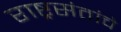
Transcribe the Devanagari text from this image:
राष्ट्रसंतांचे